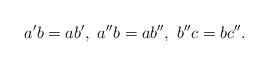
LaTeX: \begin{align*}a^{\prime}b=ab^{\prime},\ a^{\prime\prime}b=ab^{\prime\prime},\ b^{\prime\prime}c=bc^{\prime\prime}. \end{align*}